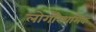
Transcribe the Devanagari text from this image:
लोगॅरिथमिक